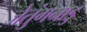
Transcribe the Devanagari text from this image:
जेतुंगनाडु